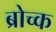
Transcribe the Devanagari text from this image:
ब्रोच्क